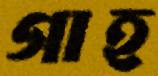
গাহ